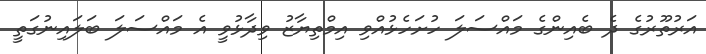
އަރުތޫރުގެ ދެ ބެއިންގެ މައްސަލަ ހުށަހެޅުއްވި އިމްތިޔާޒު ވިދާޅުވީ އެ މައްސަލަ ބަލައިނުގަތީ